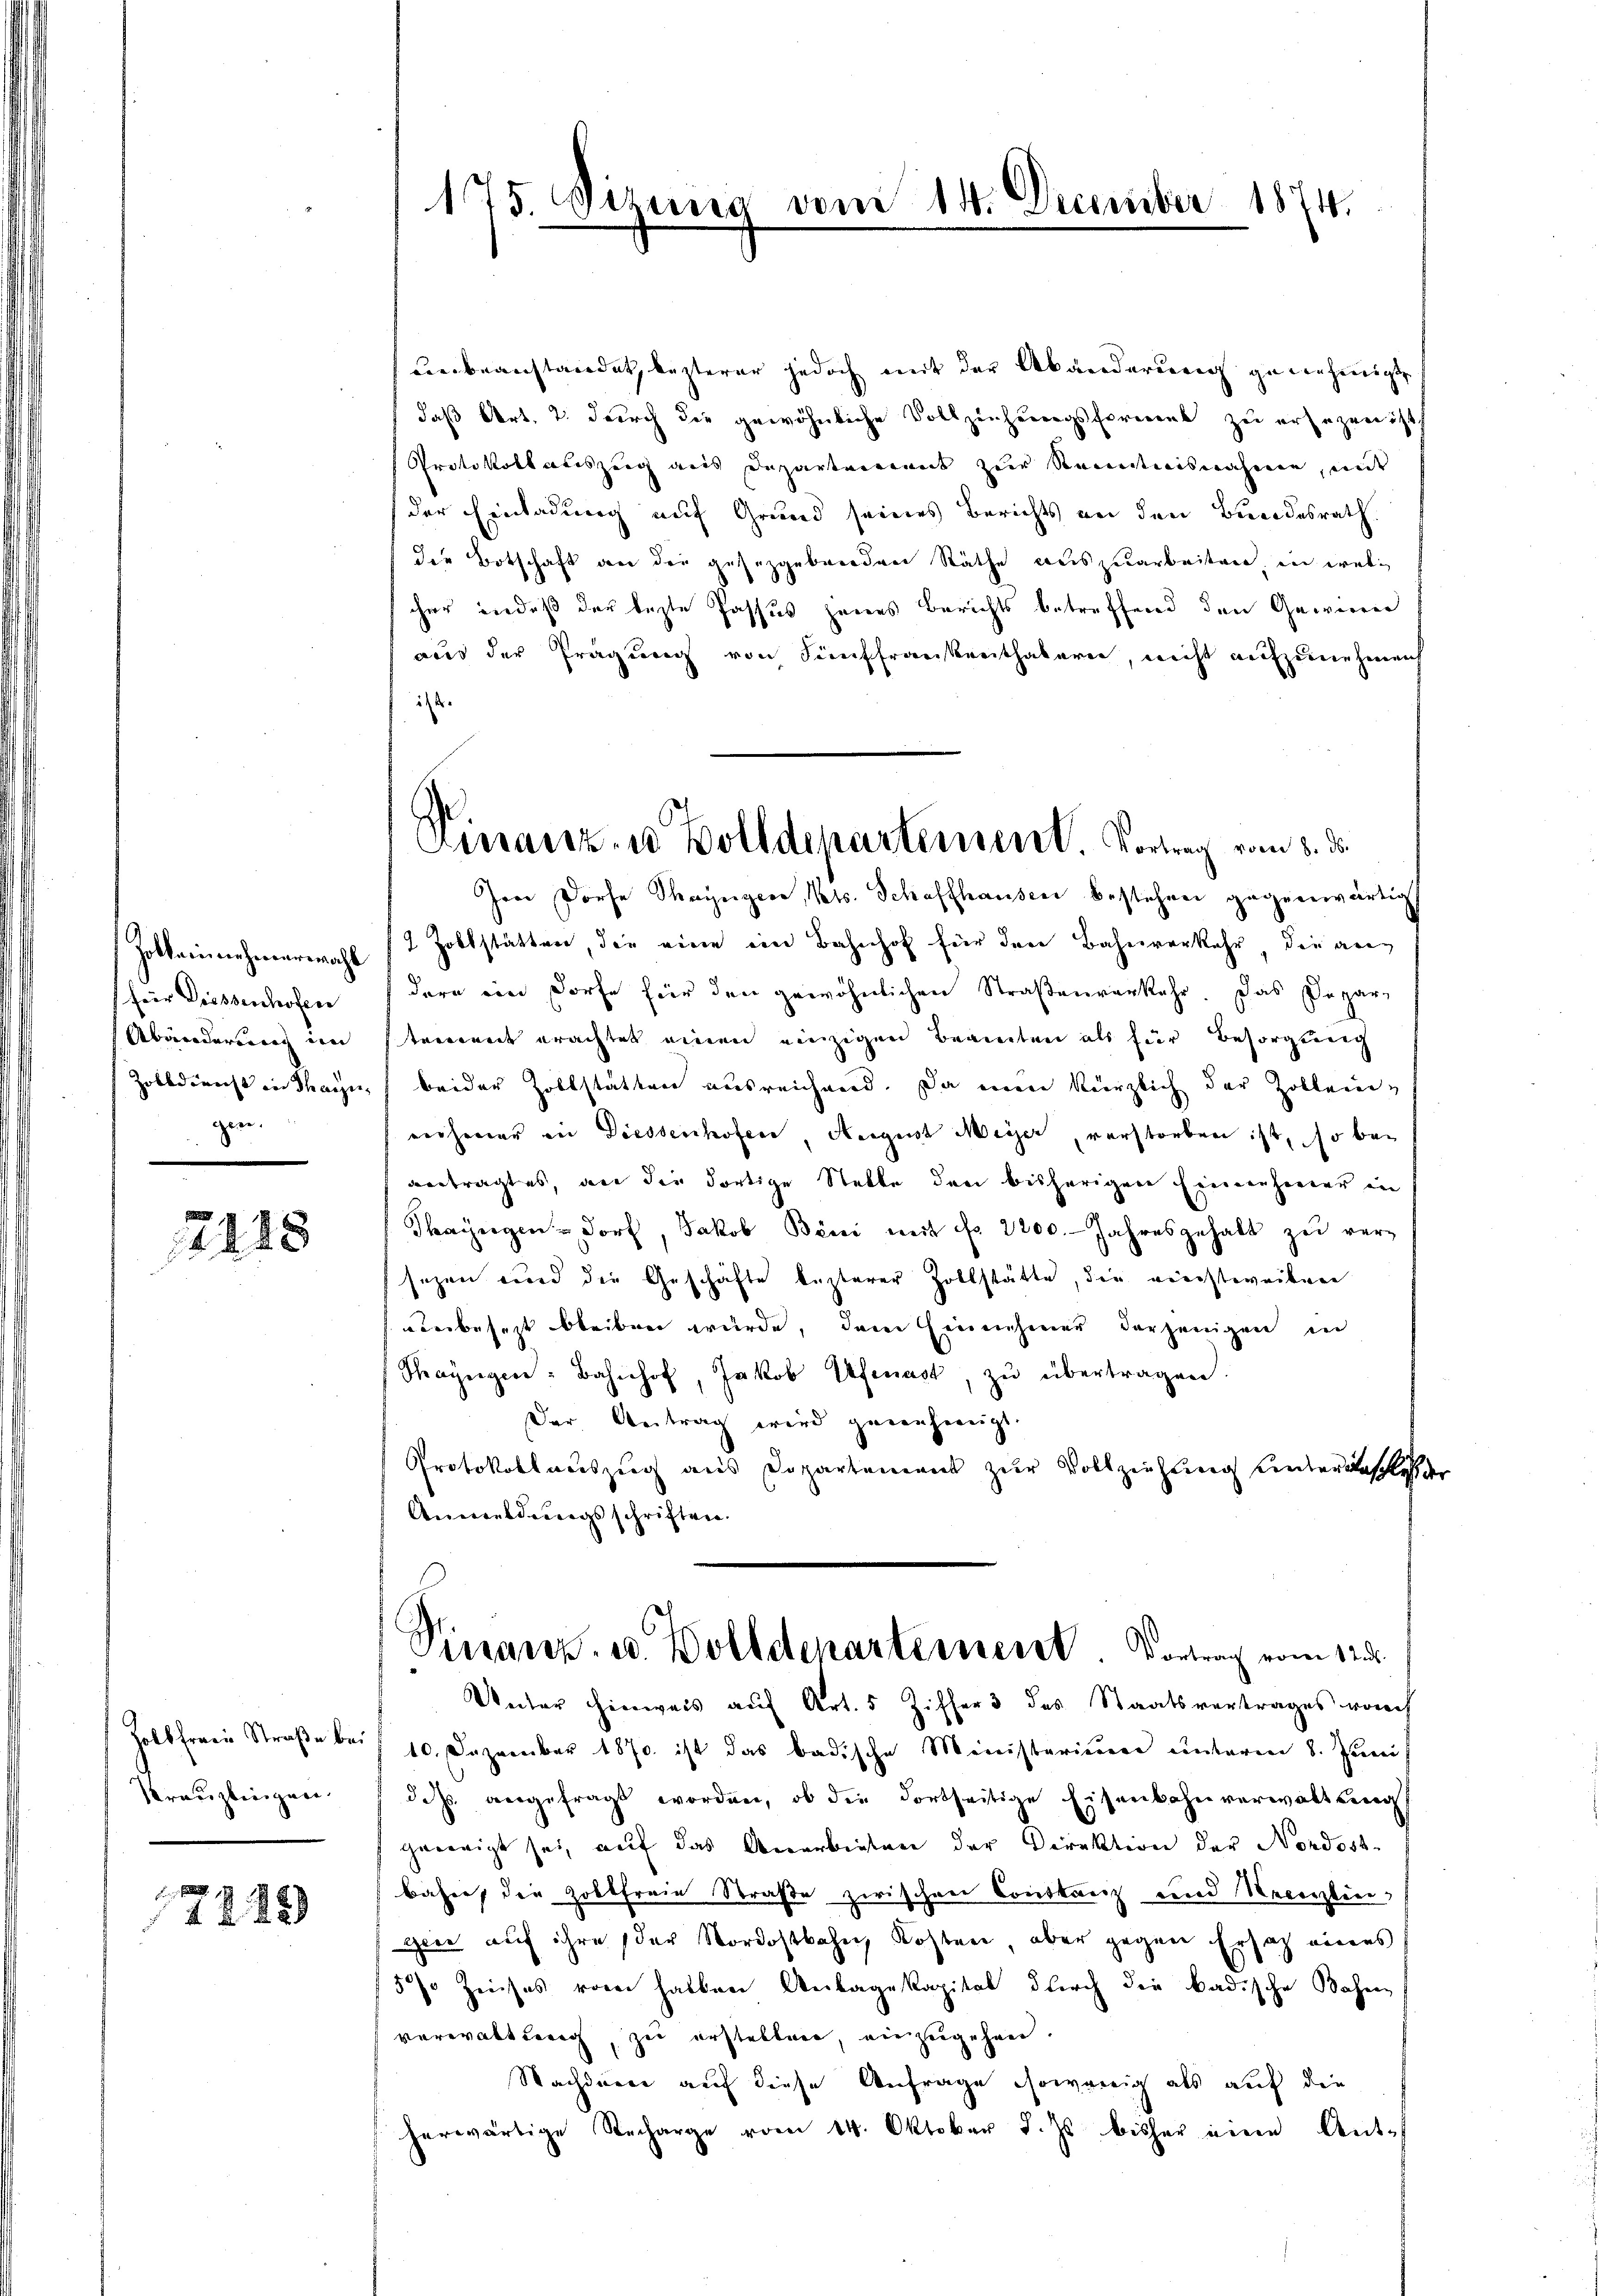
Zollannehmerwahl
für Diessenhofen
Abänderung im
Zolldienst in Thayn
gen.

2128

Holbfrau Straße bei
Kreuzlingen.

100
1222)

175. Sizung vom 14. December 1874.

Bierbeanstandet, lezterer jedoch mit der Abänderung genehmigte
daß Art. 2. durch die gewöhnliche Vollziehungsforment zu ersezen ist.
Protokollauszeig aus Departenannt zur Kenntnisnahme, mit
der Einladung auf Grund seines Berichts an den Bundesrath.
die Botschaft an die gesetzgebenden Räthe auszuarbeiten, in welcher indeß der lezte Passus jenes Berichts betreffend den Gewieser
aus der Tragung von Künffrankenthalern, nicht aufzunehmen
i
Ire Dorfe Thayngen, Kts. Schaffhausen bestehen gegenwärtig
2 Zollstätten, die eine ein Bahnhof für den Bahnverkehr die gedern ein Dorfe für den gewöhnlichen Straßenverkehr. Das Depar-
trennert erachtet einen einzigen Beamten als für Besorgung
beider Zollstätten ausreichend. Da man kürzlich der Zollende
rechener in Diessenhofen, August Meyer, verstorben ist, so bei
vertragtes, an die dortige Stelle den bisherigen Einnehmer in
Thayngen dorf, Jakob Böni mit fr. 2200. Jahresgehalt zu versezen und die Geschäfte lezterer Zollstätte, die vierstreiben
derbesetzt bleiben würde, dem Einnehmer derjenigen in
Thayngen: Bahnhof, Jakob Vfenast, zŭ übertragen.
Der Antrag wird genehmigt.
Protokollauszug aus Dopartement zur Vollziehung unterbeschliche
Anmeldungsschriften.
Finanz. u. Bolldeparterneret. Vortrag vom 12.
Unter hinweis aŭf Art. 5 Ziffers des Staatsvertrages vorh
10. Dezember 1870 ist das badische Ministerium unterm 8. Juni
dehs angefragt worden, ob die dortseitige Eisenbahnverwaltung
heweigt sei, auf das Anerbieten der Direktion der Nordost-
bahres die Zoktfreie Straße zwischen Contraris und Verenzlin-
gien auf ihre der Nordostbahn Kosten, aber gegen Ersatz eines
15 % Zinses vom halben Anlagekapital durch die badische Bahen
verwaltung, zu erstellten, einzugehen.
Nachdene auf diese Anfrage sowenig als auf die
herwärtige Recharge vom 14. Oktober d. Js. bisher eine Ant-

Finanz- u Bolldepartement. Vortrag vom 8. ds.